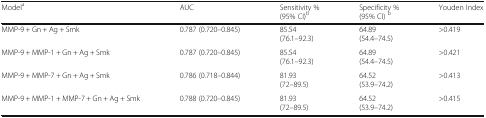
<table><thead><tr><td><b>Model<sup>a</sup></b></td><td><b>AUC</b></td><td><b>Sensitivity %(95% CI)<sup>b</sup></b></td><td><b>Specificity %(95% CI) <sup>b</sup></b></td><td><b>Youden Index</b></td></tr></thead><tbody><tr><td>MMP-9 + Gn + Ag + Smk</td><td>0.787 (0.720–0.845)</td><td>85.54(76.1–92.3)</td><td>64.89(54.4–74.5)</td><td>&gt;0.419</td></tr><tr><td>MMP-9 + MMP-1 + Gn + Ag + Smk</td><td>0.787 (0.720–0.845)</td><td>85.54(76.1–92.3)</td><td>64.89(54.4–74.5)</td><td>&gt;0.421</td></tr><tr><td>MMP-9 + MMP-7 + Gn + Ag + Smk</td><td>0.786 (0.718–0.844)</td><td>81.93(72–89.5)</td><td>64.52(53.9–74.2)</td><td>&gt;0.413</td></tr><tr><td>MMP-9 + MMP-1 + MMP-7 + Gn + Ag + Smk</td><td>0.788 (0.720–0.845)</td><td>81.93(72–89.5)</td><td>64.52(53.9–74.2)</td><td>&gt;0.415</td></tr></tbody></table>